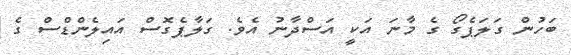
ބަހުން ގަލަޕެގޯ ގެ މާނަ އަކީ އަސްދާނު އެވެ. ގަލާޕެގޮސް އައިލެންޑްސް ގެ